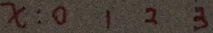
x : 0 1 2 3